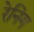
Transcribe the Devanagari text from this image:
रेनिंग